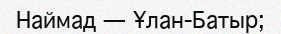
Наймад — Ұлан-Батыр;